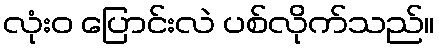
လုံးဝ ပြောင်းလဲ ပစ်လိုက်သည်။